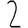
Digit: 2